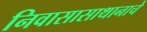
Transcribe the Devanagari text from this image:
निवासासाथानाचे